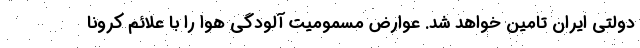
دولتی ایران تامین خواهد شد. عوارض مسمومیت آلودگی هوا را با علائم کرونا